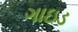
ગાઇડ